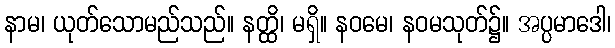
နာမ၊ ယုတ်သောမည်သည်။ နတ္ထိ၊ မရှိ။ နဝမေ၊ နဝမသုတ်၌။ အပ္ပမာဒေါ၊